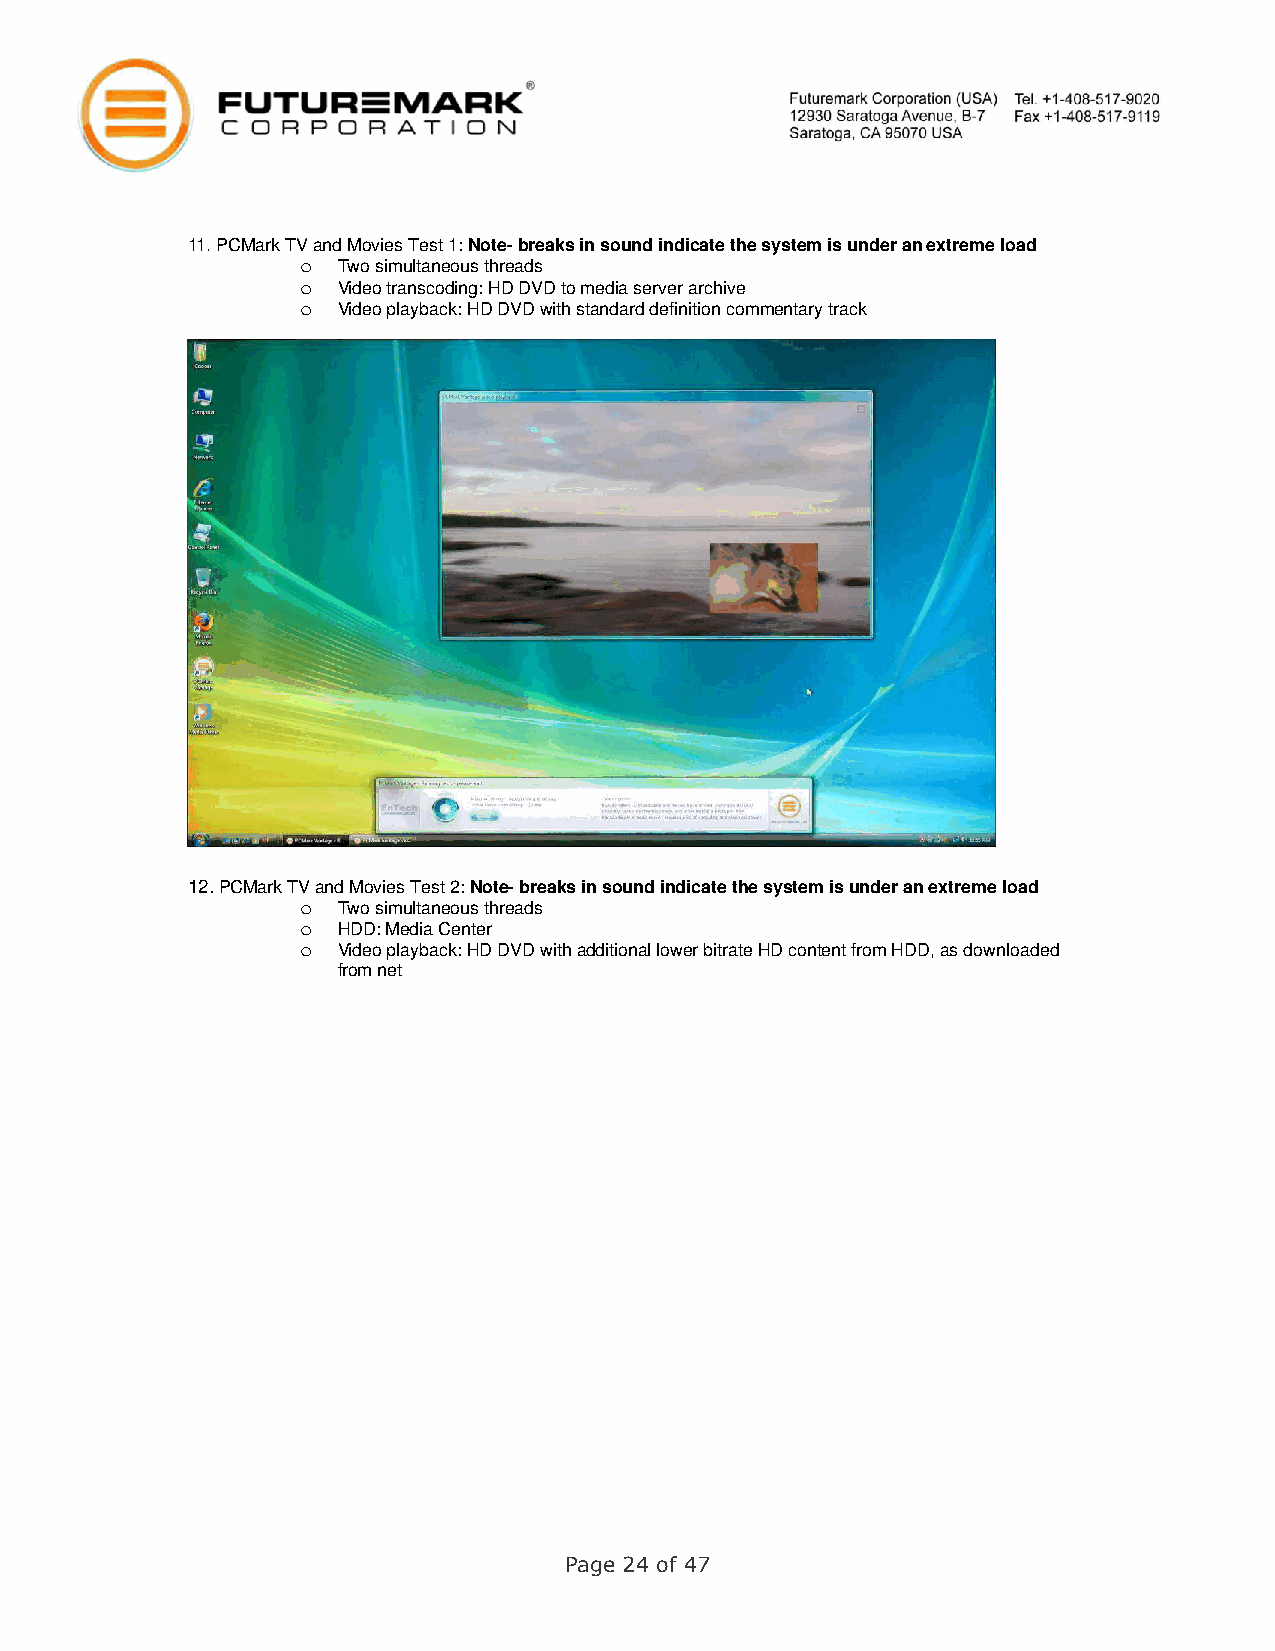
11. PCMark TV and Movies Test 1: Note- breaks in sound indicate the system is under an extreme load
 o
 Two simultaneous threads
 o
 Video transcoding: HD DVD to media server archive
 o
 Video playback: HD DVD with standard definition commentary track
 12. PCMark TV and Movies Test 2: Note- breaks in sound indicate the system is under an extreme load
 o
 Two simultaneous threads
 o
 HDD: Media Center
 o
 Video playback: HD DVD with additional lower bitrate HD content from HDD, as downloaded
 from net
 Page 24 of 47